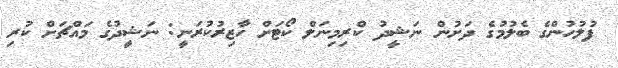
ފުލުހުންގެ ބެލުމުގެ ދަށުން ނަޝީދު ކްރިމިނަލް ކޯޓަށް ހާޒިރުކުރަނީ: ނަޝީދުގެ މައްޗަށް ކުރި